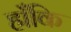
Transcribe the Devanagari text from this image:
हाँकि